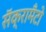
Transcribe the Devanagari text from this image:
सॅक्रामँटो